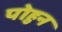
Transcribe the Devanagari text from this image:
पोहुन